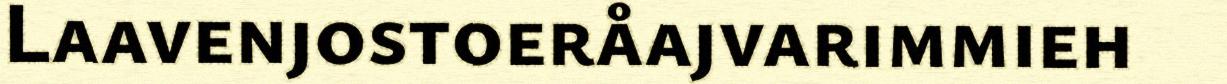
Laavenjostoeråajvarimmieh